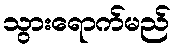
သွားရောက်မည်